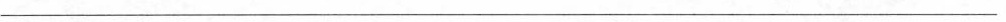
______________